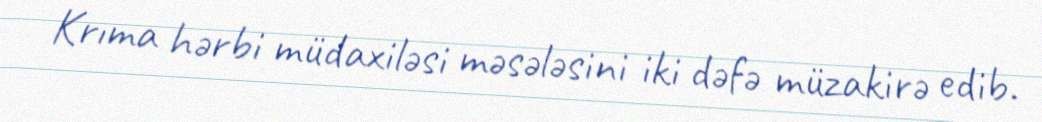
Krıma hərbi müdaxiləsi məsələsini iki dəfə müzakirə edib.